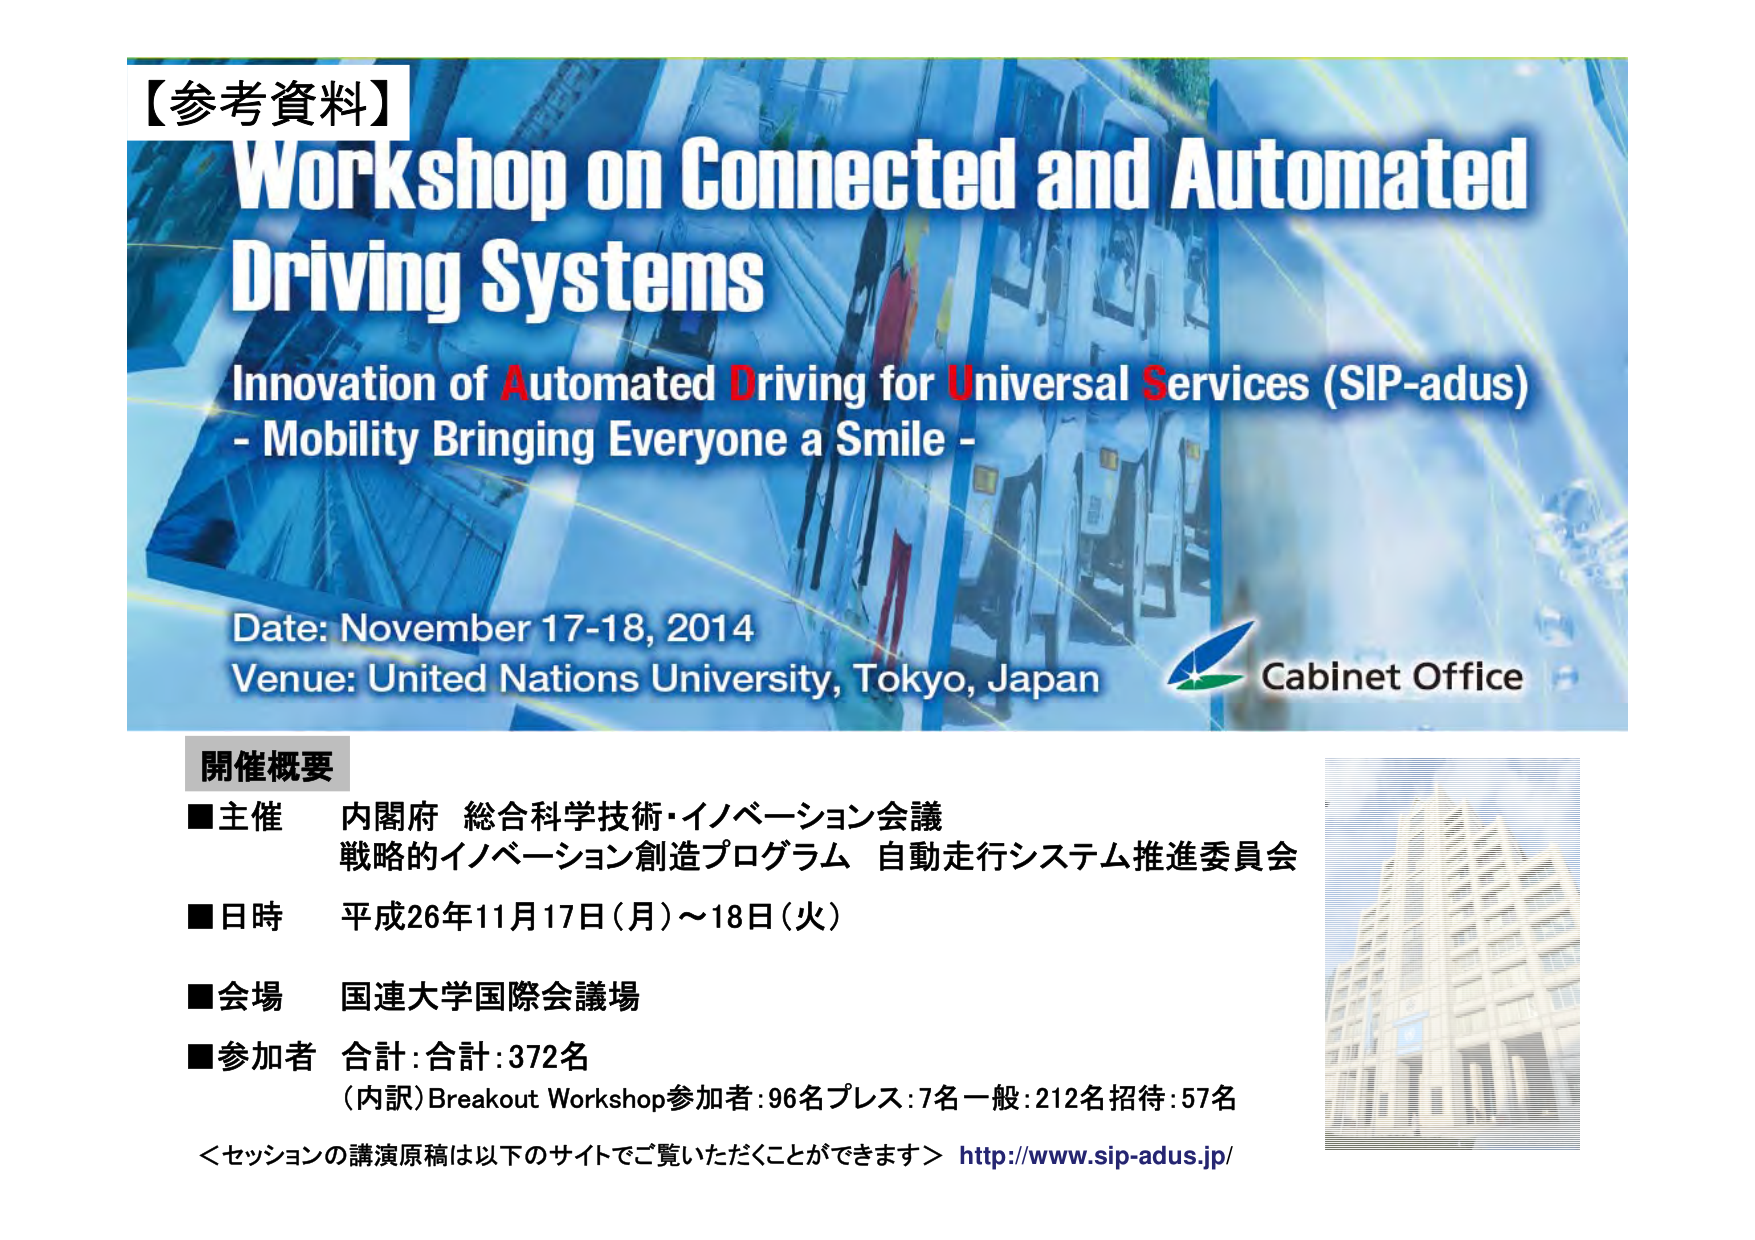
【参考資料】
Workshop on Connected and Automated
Driving Systems
Innovation of Automated Driving for Universal Services (SIP-adus)
- Mobility Bringing Everyone a Smile -
Date: November 17-18, 2014
Venue: United Nations University, Tokyo, Japan
Cabinet Office

開催概要
■主催 内閣府 総合科学技術・イノベーション会議
戦略的イノベーション創造プログラム 自動走行システム推進委員会
■日時 平成26年11月17日（月）～18日（火）
■会場 国連大学国際会議場
■参加者 合計:合計:372名
（内訳）Breakout Workshop参加者:96名 プレス:7名 一般:212名 招待:57名
＜セッションの講演原稿は以下のサイトでご覧いただくことができます＞ http://www.sip-adus.jp/